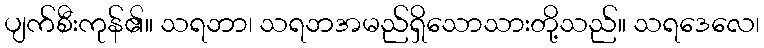
ပျက်စီးကုန်၏။ သရဘာ၊ သရဘအမည်ရှိသောသားတို့သည်။ သရဒေလေ၊